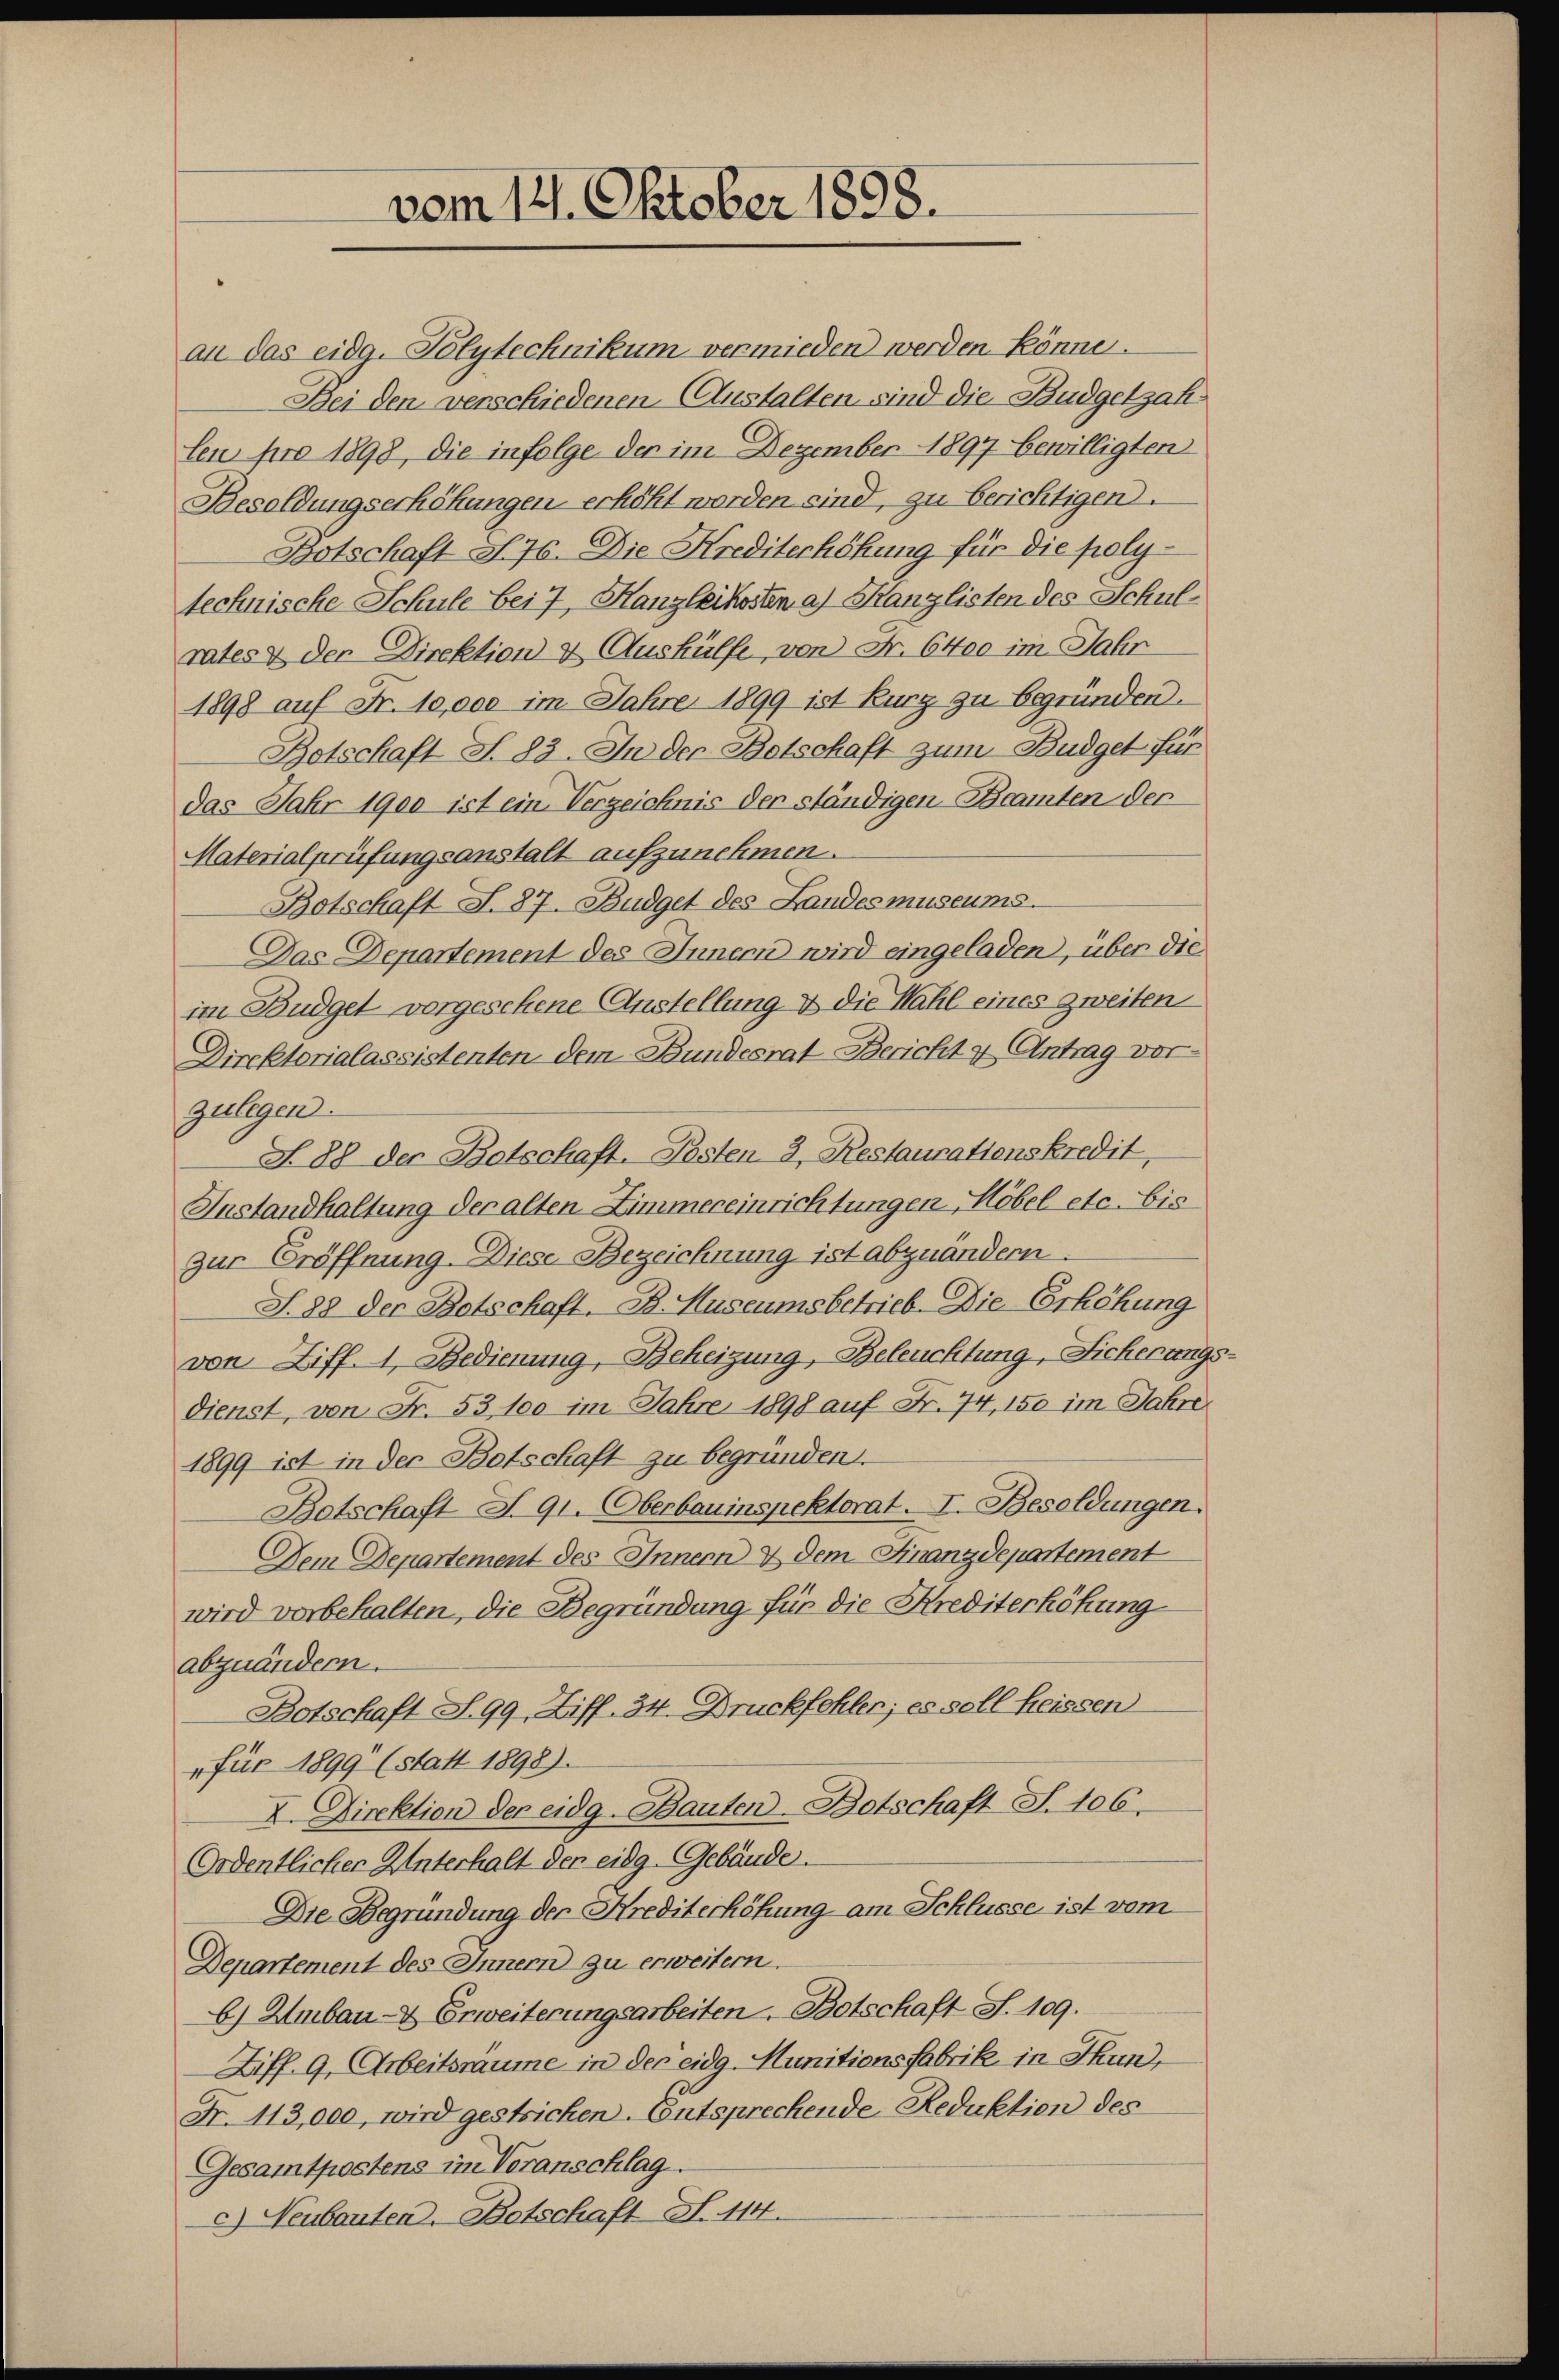
vom 11. Oktober 1898.

an das eidg. Polytechnikum vermieden werden könne.
Bei den verschiedenen (Austalten sind die Budgetzah
len pro 1898, die infolge der im Dezember 1897 bewilligten
Besoldungserhöhungen erhöht werden sind, zu berichtigen.
Botschaft S. 76. Die Krediterhöhung für die poly-
technische Schule bei 7, Hanzleikosten a) Kanzlisten des Schulrates & der Direktion & Aushülfe, von Fr. 6400 im Jahr
1898 auf Fr. 10,000 im Jahre 1899 ist kurz zu begründen.
Botschaft S. 83. In der Botschaft zum Budget für
das Jahr 1900 ist ein Verzeichnis der ständigen Beamten der
Materialprüfungsanstalt aufzunehmen.
Botschaft S. 87. Budget des Landes museums.
Das Departement des Innern wird eingeladen, über die
im Budget vorgesehene Anstellung & die Wahl eines zweiten
Direktorialassistenten dem Bundesrat Bericht u Antrag vor-
zulegen.
N. 88 der Botschaft-Posten 3. Restaurationskredit,
Instandhaltung der alten Zimmereinrichtungen Höbel etc. bis
zur Eröffnung. Diese Bezeichnung ist abzuändern.
S. 88 der Botschaft. B. Museums betrieb. Die Erhöhung
von Ziff. 1, Bedienung, Beheizung, Beleuchtung, Sicherungs-
dienst, von Fr. 53, 100 im Jahre 1898 auf Fr. 74, 150 im Jahre
1899 ist in der Botschaft zu begründen.
Botschaft S. 91. Oberbauinspektorat. I. Besoldungen.
Dem Departement des Innern & dem Finanzdepartement
wird vorbehalten, die Begründung für die Krediterhöhung
abzuändern.
Botschaft S. 99, Ziff. 34. Druckfehler; es soll heissen
" für 1899 (statt 1898).
XI. Direktion der eidg. Bauten-Botschaft S. 106.
Ordentlicher Unterhalt der eidg. Gebäude.
Die Begründung der Krediterhöhung am Schlüsse ist vom
Departement des Innern zu erweitern.
b) Umbau- & Erweiterungsarbeiten Botschaft S. 109.
Ziff. 9. Arbeitsraume in der eidg. Munitions Fabrik in Thun,
N. 113,000, wird gestricken. Entsprechende Reduktion des
Gesamtpostens im Voranschlag.
c) Neubauten-Botschaft N. 114.